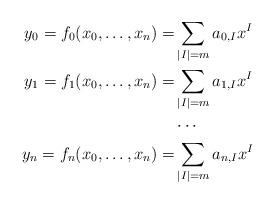
LaTeX: \begin{align*} y_0 =f_0(x_0,\dots, x_n)=& \sum_{|I|= m} a_{0,I} x^I \\ y_1 =f_1(x_0,\dots, x_n)=& \sum_{|I|= m} a_{1,I} x^I\\ &\cdots \\ y_n =f_n(x_0,\dots, x_n)=& \sum_{|I|= m} a_{n,I} x^I \end{align*}